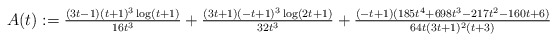
\begin{align*}A(t) := \tfrac{(3t-1)(t+1)^3\log(t+1)}{16t^3} + \tfrac{(3t+1)(-t+1)^3\log(2t+1)}{32t^3} + \tfrac{(-t+1)(185t^4+698t^3-217t^2-160t+6)}{64t(3t+1)^2(t+3)}\end{align*}